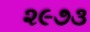
૨૯૭૩